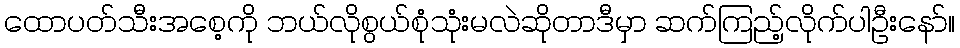
ထောပတ်သီးအစေ့ကို ဘယ်လိုစွယ်စုံသုံးမလဲဆိုတာဒီမှာ ဆက်ကြည့်လိုက်ပါဦးနော်။